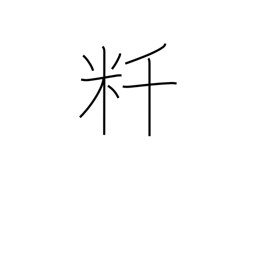
Meaning: kilometer